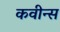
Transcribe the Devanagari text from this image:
कवीन्स